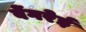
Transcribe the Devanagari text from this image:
वेंगरेई